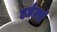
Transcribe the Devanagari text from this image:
हर्डर्ल्स